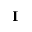
\bf { I }